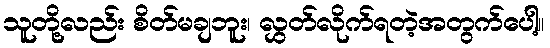
သူတို့လည်း စိတ်မချဘူး၊ လွှတ်လိုက်ရတဲ့အတွက်ပေါ့။